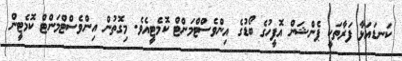
ކަނޑައަޅާ ފަރާތަކީ ޕެންޝަން އޮފީހުގެ ބޯޑުގެ އިންވެސްޓްމަންޓް ކޮމެޓީއެވެ. މިގޮތުން އިންވެސްޓްމަންޓް ކޮމެޓީން